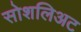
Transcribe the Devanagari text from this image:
सोशलिअट